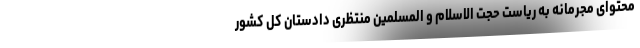
محتوای مجرمانه به ریاست حجت الاسلام و المسلمین منتظری دادستان کل کشور